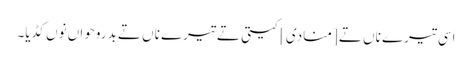
اَسی تیرے ناں تے [منادی] کیتی تے تیرے ناں تے بدروحواں نوں کڈیا۔